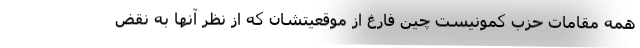
همه مقامات حزب کمونیست چین فارغ از موقعیتشان که از نظر آنها به نقض